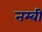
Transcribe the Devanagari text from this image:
नम्बी